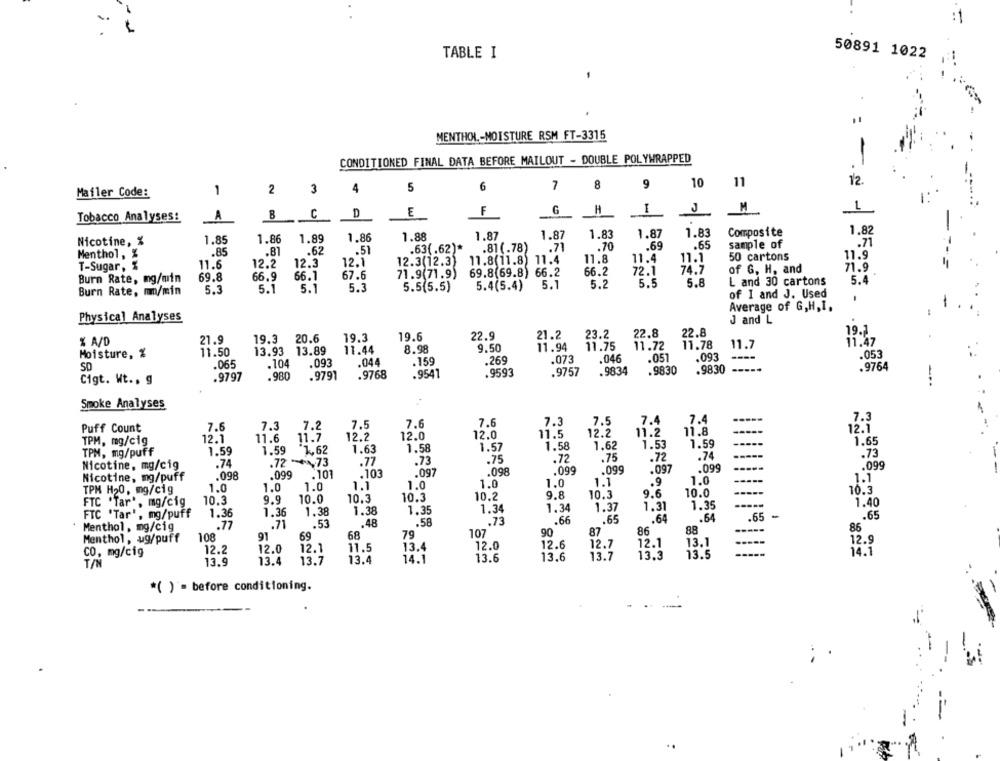
:1
TABLE I
50891 1022
.
MENTHOL .- MOISTURE RSM FT-3315
CONDITIONED FINAL DATA BEFORE MAILOUT - DOUBLE POLYWRAPPED
11
12.
1
2
3
4
5
6
7
8
9
10
Mailer Code:
C
D
E
F
H
I
M
1
Tobacco Analyses:
A
B
1.88
1.87
1.87
1.83
1.87
1.83
Composite
1.82
Nicotine, %
1.85
1.86
1.89
1,86
sample of
.85
.81
.62
.51
.63(.62)*
.81(.78)
.71
.70
.69
.65
Menthol, %
11.8
11.4
11.1
50 cartons
11.9
T-Sugar, %
11.6
12.2
12.3
12.1
12.3(12.3)
11.8(11.8) 11.4
71.9(71.9)
69.8(69.8) 66.2
66.2
72.1
74.7
of G, H, and
7.9
Burn Rate, mg/min
69.8
66.9
66.1
67.6
L and 30 cartons
5.4
5.1
5.1
5.3
5.5(5.5)
5.4(5.4)
5.1
5.2
5.5
5.8
Burn Rate, m/min
5.3
of I and J. Used
Average of G,H,I.
Physical Analyses
J and L
19.6
22.9
21.2
23.2
22.8
22.8
% A/D
21.9
19.3 20.6
19.3
11.47
13.93 13.89
11.44
8.98
9.50
11.94
11.75
11.72
11.78
11.7
Moisture, %
11.50
.046
.051
.093
.053
.065
.104
.093
.044
.159
.269
.073
SD
.9768
.9541
.9593
.9757
.9834
.9830
.9830
.9764
Cigt. Wt .. g
.9797
.980
.9791
Smoke Analyses
7.4
----
7.3
7.6
7.3
7.2
7.5
7.6
7.6
7.3
7.5
7.4
Puff Count
12.0
11.5
12.2
11.2
11.8
12.1
TPM, mg/cig
12.1
11.6
11.7
12.2
12.0
1.65
1.59
*1,62
1.63
1.58
1.57
1.58
1.62
1.53
1.59
TPM, mg/puff
1.59
.72
.72
.74
.73
.74
.72 ***, 73
.77
.73
.75
.75
.099
Nicotine, mg/cig
.103
.097
.098
.099
.099
.097
.099
Nicotine, mg/puff
.098
.099
.101
1.0
1.1
1.0
1.0
1.0
1.1
1.0
1.0
1.0
1.1
.9
TPM H20, mg/cig
9.8
10.3
9.6
10.0
10.3
FTC 'Tar *, mg/cig
10.3
9.9
10.0
10.3
10.3
10.2
-----
1.40
1.38
1.35
1.34
1.34
1.37
1.31
1.35
FTC 'Tar', mg/puff
1.36
1.36
1.38
.64
.64
.65
.65
.77
.71
.53
.48
.58
.73
.66
.65
Menthol, mg/cig
107
90
87
86
88
----
86
Menthol, ug/puff
108
91
69
68
79
12.9
12.2
12.0
12.1
11.5
13.4
12.0
12.6
12.7
12.1
13.1
CO, mg/cig
13.3
13.5
14.1
T/N
13.9
13.4
13.7
13.4
14.1
13.6
13.6
13.7
*( )'= before conditioning.
--